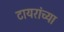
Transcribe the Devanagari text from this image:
टायरांच्या